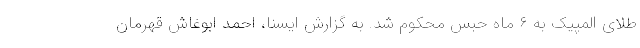
طلای المپیک به ۶ ماه حبس محکوم شد. به گزارش ایسنا، احمد ابوغاش قهرمان